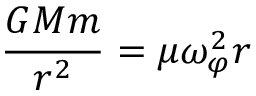
{ \frac { G M m } { r ^ { 2 } } } = \mu \omega _ { \varphi } ^ { 2 } r